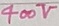
Text: 400V